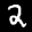
Label: 2